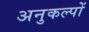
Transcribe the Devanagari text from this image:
अनुकल्पों